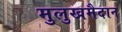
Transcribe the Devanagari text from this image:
मुलुखमैदान